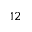
^ { 1 2 }